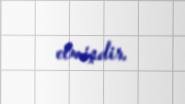
etmişdir.